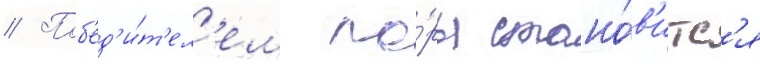
// Поб'ед'и́т'ел'ем па́ры стано́в'итс'я